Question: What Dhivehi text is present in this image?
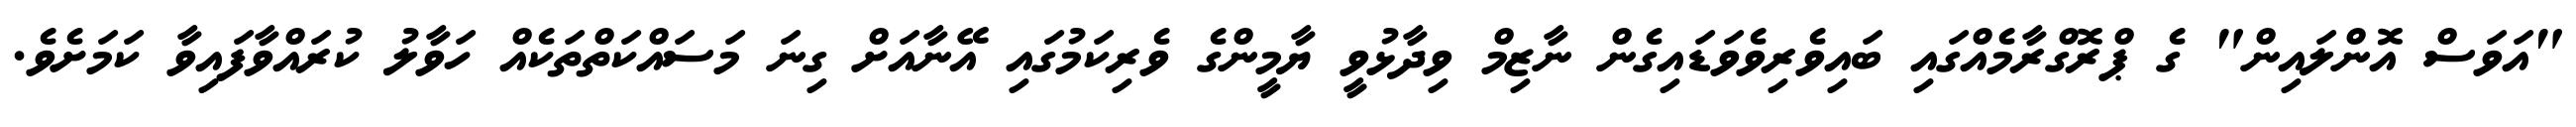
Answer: "އަވަސް އޮންލައިން" ގެ ޕްރޮގްރާމެއްގައި ބައިވެރިވެވަޑައިގެން ނާޒިމް ވިދާޅުވީ ޔާމީންގެ ވެރިކަމުގައި އޭނާއަށް ގިނަ މަސައްކަތްތަކެއް ހަވާލު ކުރައްވާފައިވާ ކަމަށެވެ.